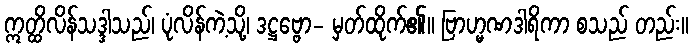
ဣတ္ထိလိန်သဒ္ဒါသည်၊ ပုံလိန်ကဲ့သို့၊ ဒဋ္ဌဗ္ဗော- မှတ်ထိုက်၏။ ဗြာဟ္မဏဒါရိကာ စသည် တည်း။